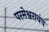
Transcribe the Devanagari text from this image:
परमेश्वराचंच